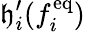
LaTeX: \mathfrak{h}_{i}^{\prime}(f_{i}^{\mathrm{{eq}}})